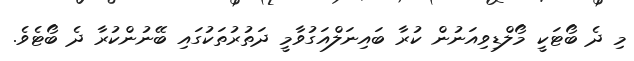
މި ދެ ބޯޓަކީ މޯލްޑިވިއަނުން ކުރާ ބައިނަލްއަގުވާމީ ދަތުރުތަކުގައި ބޭނުންކުރާ ދެ ބޯޓެވެ.